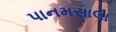
પાનમસાલા